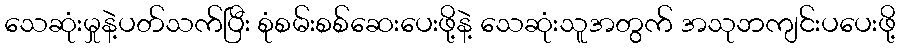
သေဆုံးမှုနဲ့ပတ်သက်ပြီး စုံစမ်းစစ်ဆေးပေးဖို့နဲ့ သေဆုံးသူအတွက် အသုဘကျင်းပပေးဖို့